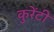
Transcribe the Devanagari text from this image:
कुरेंटी